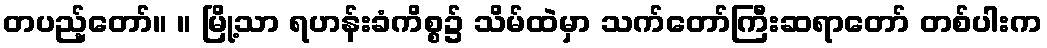
တပည့်တော်။ ။ မြို့သာ ရဟန်းခံကိစ္စ၌ သိမ်ထဲမှာ သက်တော်ကြီးဆရာတော် တစ်ပါးက